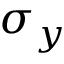
\sigma _ { y }